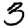
Digit: 3